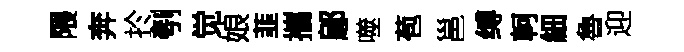
隈奔扵刳觉娘韮攜鄔噬苞邕缚軻細魯迎